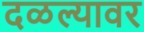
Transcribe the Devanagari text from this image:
दळल्यावर